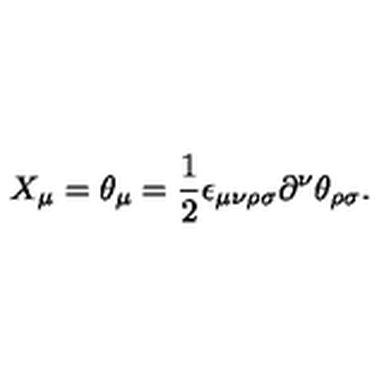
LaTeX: X _ { \mu } = \theta _ { \mu } = \frac { 1 } { 2 } \epsilon _ { \mu \nu \rho \sigma } \partial ^ { \nu } \theta _ { \rho \sigma } .